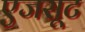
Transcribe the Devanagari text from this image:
एजसूट